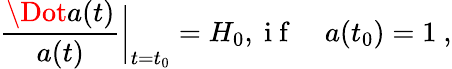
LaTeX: \frac{\Dot{a}(t)}{a(t)}\bigg|_{t=t_{0}}=H_{0},\mathrm{~i~f~}\quad a(t_{0})=1\ ,